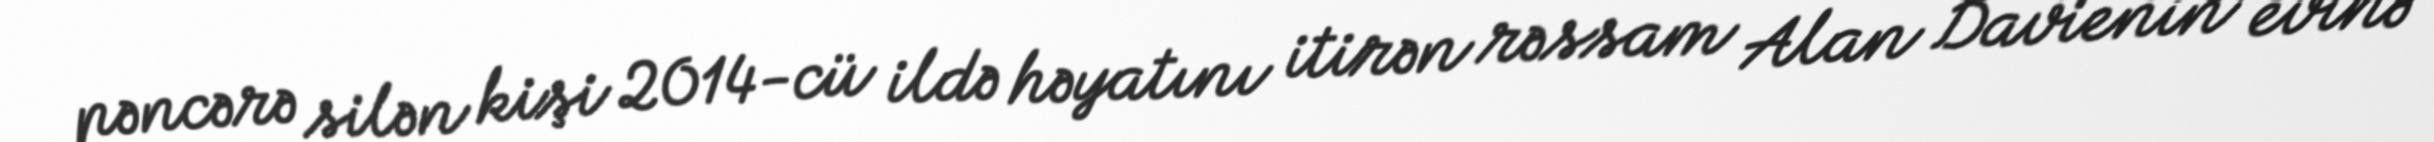
pəncərə silən kişi 2014-cü ildə həyatını itirən rəssam Alan Davienin evinə